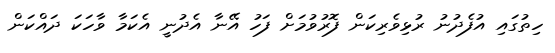
ހިތުގައި އުފެދުނު ރުޅިވެރިކަން ފޮރުވުމަށް ފަހު އޭނާ އެދުނީ އެކަމާ ވާހަކަ ދައްކަން